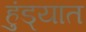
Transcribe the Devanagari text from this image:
हुंड्यात